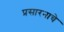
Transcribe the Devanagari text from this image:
प्रसारनाचे